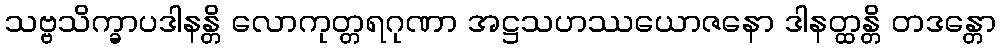
သဗ္ဗသိက္ခာပဒါနန္တိ လောကုတ္တရဂုဏာ အဋ္ဌသဟဿယောဇနော ဒါနတ္ထန္တိ တဒန္တော